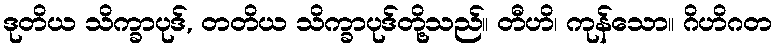
ဒုတိယ သိက္ခာပုဒ်, တတိယ သိက္ခာပုဒ်တို့သည်။ တီဟိ၊ ကုန်သော။ ဂိဟိဂတ